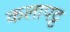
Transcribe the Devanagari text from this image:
कलापट्ट